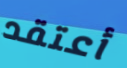
أعتقد